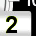
Digit: 2